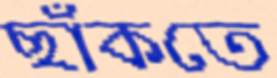
ছাঁকতে